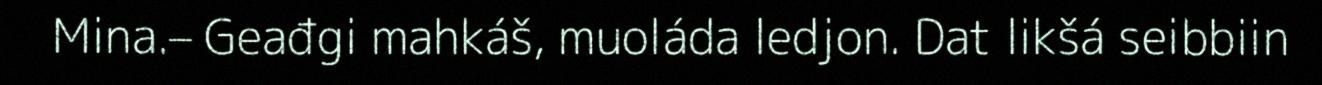
Mina.– Geađgi mahkáš, muoláda ledjon. Dat likšá seibbiin